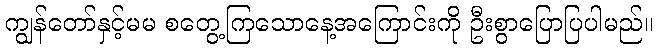
ကျွန်တော်နှင့်မမ စတွေ့ကြသောနေ့အကြောင်းကို ဦးစွာပြောပြပါမည်။